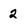
Character: 2